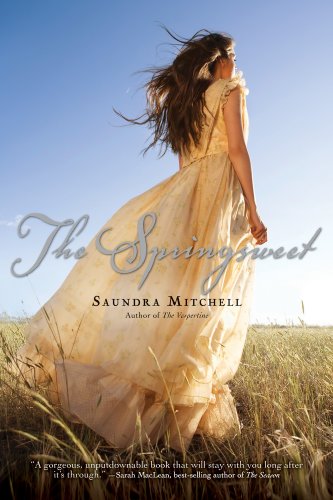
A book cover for The Springsweet; Saundra Mitchell; Teen & Young Adult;